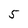
Character: 5